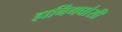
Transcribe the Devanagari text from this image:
हानिंगघांसी